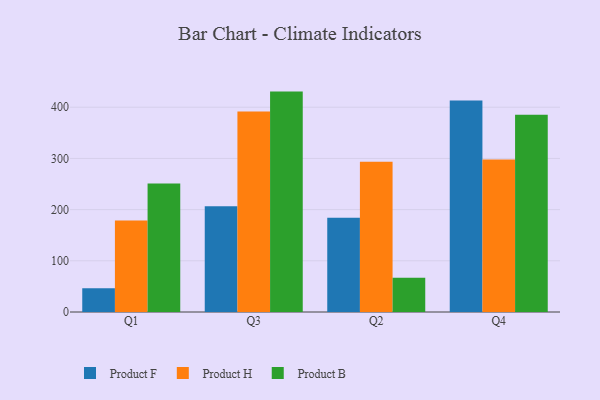
{"axis": {"x": "Quarter", "y": "Headcount"}, "legend": ["Product B", "Product F", "Product H"], "data": [{"x": "Q1", "y": 46.6, "type": "Product F"}, {"x": "Q1", "y": 178.6, "type": "Product H"}, {"x": "Q1", "y": 251.2, "type": "Product B"}, {"x": "Q3", "y": 206.6, "type": "Product F"}, {"x": "Q3", "y": 391.4, "type": "Product H"}, {"x": "Q3", "y": 430.5, "type": "Product B"}, {"x": "Q2", "y": 183.9, "type": "Product F"}, {"x": "Q2", "y": 293.7, "type": "Product H"}, {"x": "Q2", "y": 67.0, "type": "Product B"}, {"x": "Q4", "y": 413.0, "type": "Product F"}, {"x": "Q4", "y": 297.7, "type": "Product H"}, {"x": "Q4", "y": 385.2, "type": "Product B"}]}